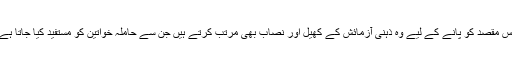
اس مقصد کو پانے کے لیے وہ ذہنی آزمائش کے کھیل اور نصاب بھی مرتب کرتے ہیں جن سے حاملہ خواتین کو مستفید کیا جاتا ہے۔